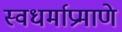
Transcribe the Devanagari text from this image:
स्वधर्माप्रमाणे